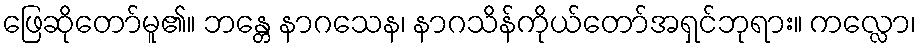
ဖြေဆိုတော်မူ၏။ ဘန္တေ နာဂသေန၊ နာဂသိန်ကိုယ်တော်အရှင်ဘုရား။ ကလ္လော၊